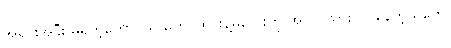
အရင်းအနှီး မရှိတဲ့တောင်သူ တွေ၊ ထိုင်းနဲ့မလေးကို အလုပ်သွားလုပ်နေတဲ့သူတွေ၊